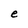
Character: e